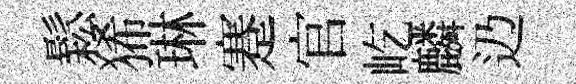
鬆狶琳蹇官屹麟辸